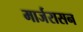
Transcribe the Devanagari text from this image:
मार्जरासन